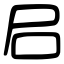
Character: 𡰪